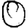
Digit: 0